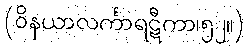
(ဝိနယာလင်္ကာရဋီကာ၊၅၂။)